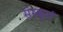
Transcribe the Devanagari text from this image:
संस्कृतं